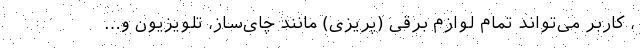
، کاربر می‌تواند تمام لوازم برقی (پریزی) مانند چای‌ساز، تلویزیون و…